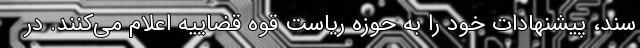
سند، پیشنهادات خود را به حوزه ریاست قوه قضاییه اعلام می‌کنند. در